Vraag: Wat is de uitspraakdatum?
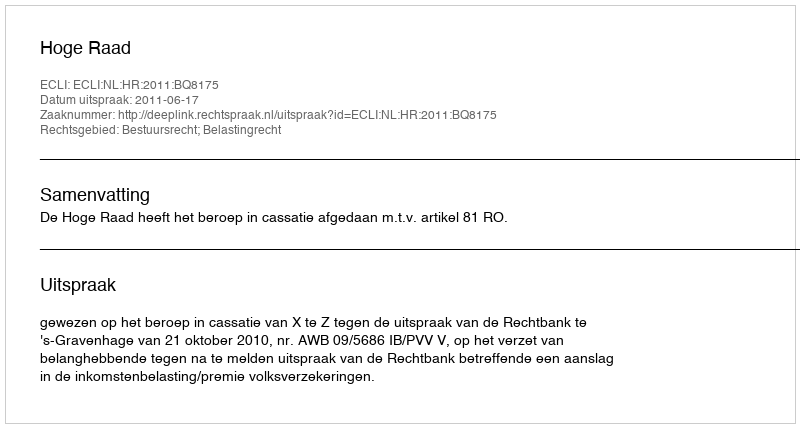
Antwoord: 2011-06-17